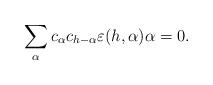
LaTeX: \begin{align*}\sum_{\alpha} c_{\alpha}c_{h-\alpha}\varepsilon(h, \alpha)\alpha=0.\end{align*}